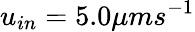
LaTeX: u_{in}=5.0\mu ms^{-1}